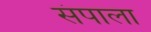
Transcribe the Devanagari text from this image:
संपाला